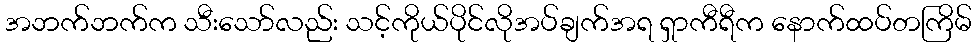
အဘက်ဘက်က သီးသော်လည်း သင့်ကိုယ်ပိုင်လိုအပ်ချက်အရ ရှာကီရီက နောက်ထပ်တကြိမ်